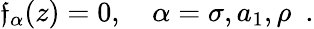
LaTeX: \mathfrak{f}_{\alpha}(z)=0,\quad\alpha=\sigma,a_{1},\rho\, \, \, .